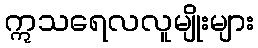
ဣသရေလလူမျိုးများ